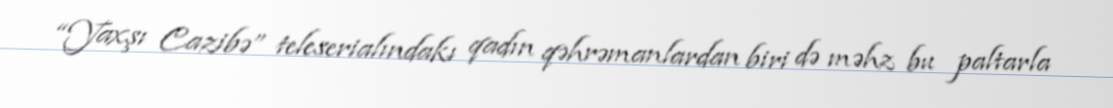
“Yaxşı Cazibə” teleserialındakı qadın qəhrəmanlardan biri də məhz bu paltarla